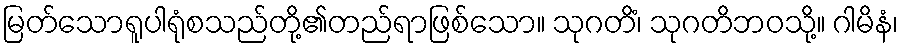
မြတ်သောရူပါရုံစသည်တို့၏တည်ရာဖြစ်သော။ သုဂတိံ၊ သုဂတိဘဝသို့။ ဂါမိနံ၊